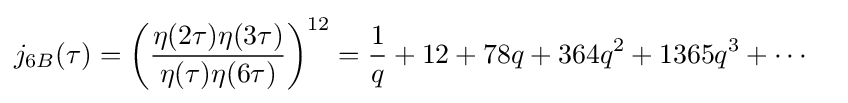
{\begin{aligned}j_{6B}(\tau )&=\left({\frac {\eta (2\tau )\eta (3\tau )}{\eta (\tau )\eta (6\tau )}}\right)^{12}={\frac {1}{q}}+12+78q+364q^{2}+1365q^{3}+\cdots \end{aligned}}